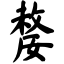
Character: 嫠